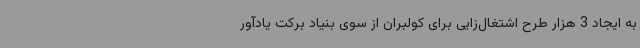
به ایجاد 3 هزار طرح اشتغال‌زایی برای کولبران از سوی بنیاد برکت یادآور